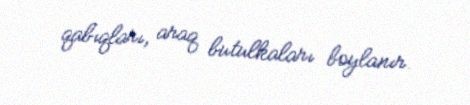
qabıqları, araq butulkaları boylanır.